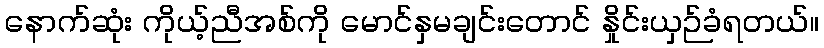
နောက်ဆုံး ကိုယ့်ညီအစ်ကို မောင်နှမချင်းတောင် နှိုင်းယှဉ်ခံရတယ်။